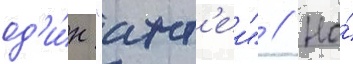
од'и́н "ант'еи" // Но́